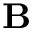
{ \bf B }